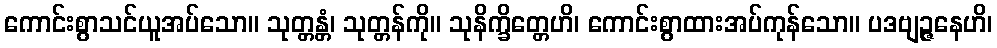
ကောင်းစွာသင်ယူအပ်သော။ သုတ္တန္တံ၊ သုတ္တန်ကို။ သုနိက္ခိတ္တေဟိ၊ ကောင်းစွာထားအပ်ကုန်သော။ ပဒဗျဉ္ဇနေဟိ၊